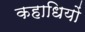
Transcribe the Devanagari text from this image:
कहाधियों